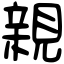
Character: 親